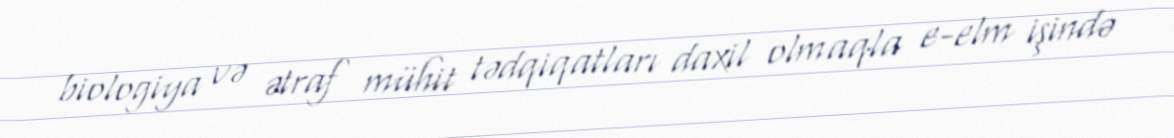
biologiya və ətraf mühit tədqiqatları daxil olmaqla e-elm işində